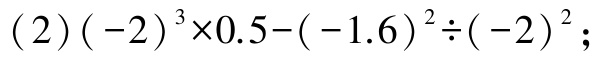
\((2)(-2)^{3}\times0.5-(-1.6)^{2}\div(-2)^{2}\)